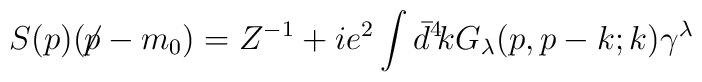
S(p)(\!\not\!p-m_0) = Z^{-1}+ie^2\int\bar{d}^4\!k  G_\lambda(p,p-k;k)\gamma^\lambda